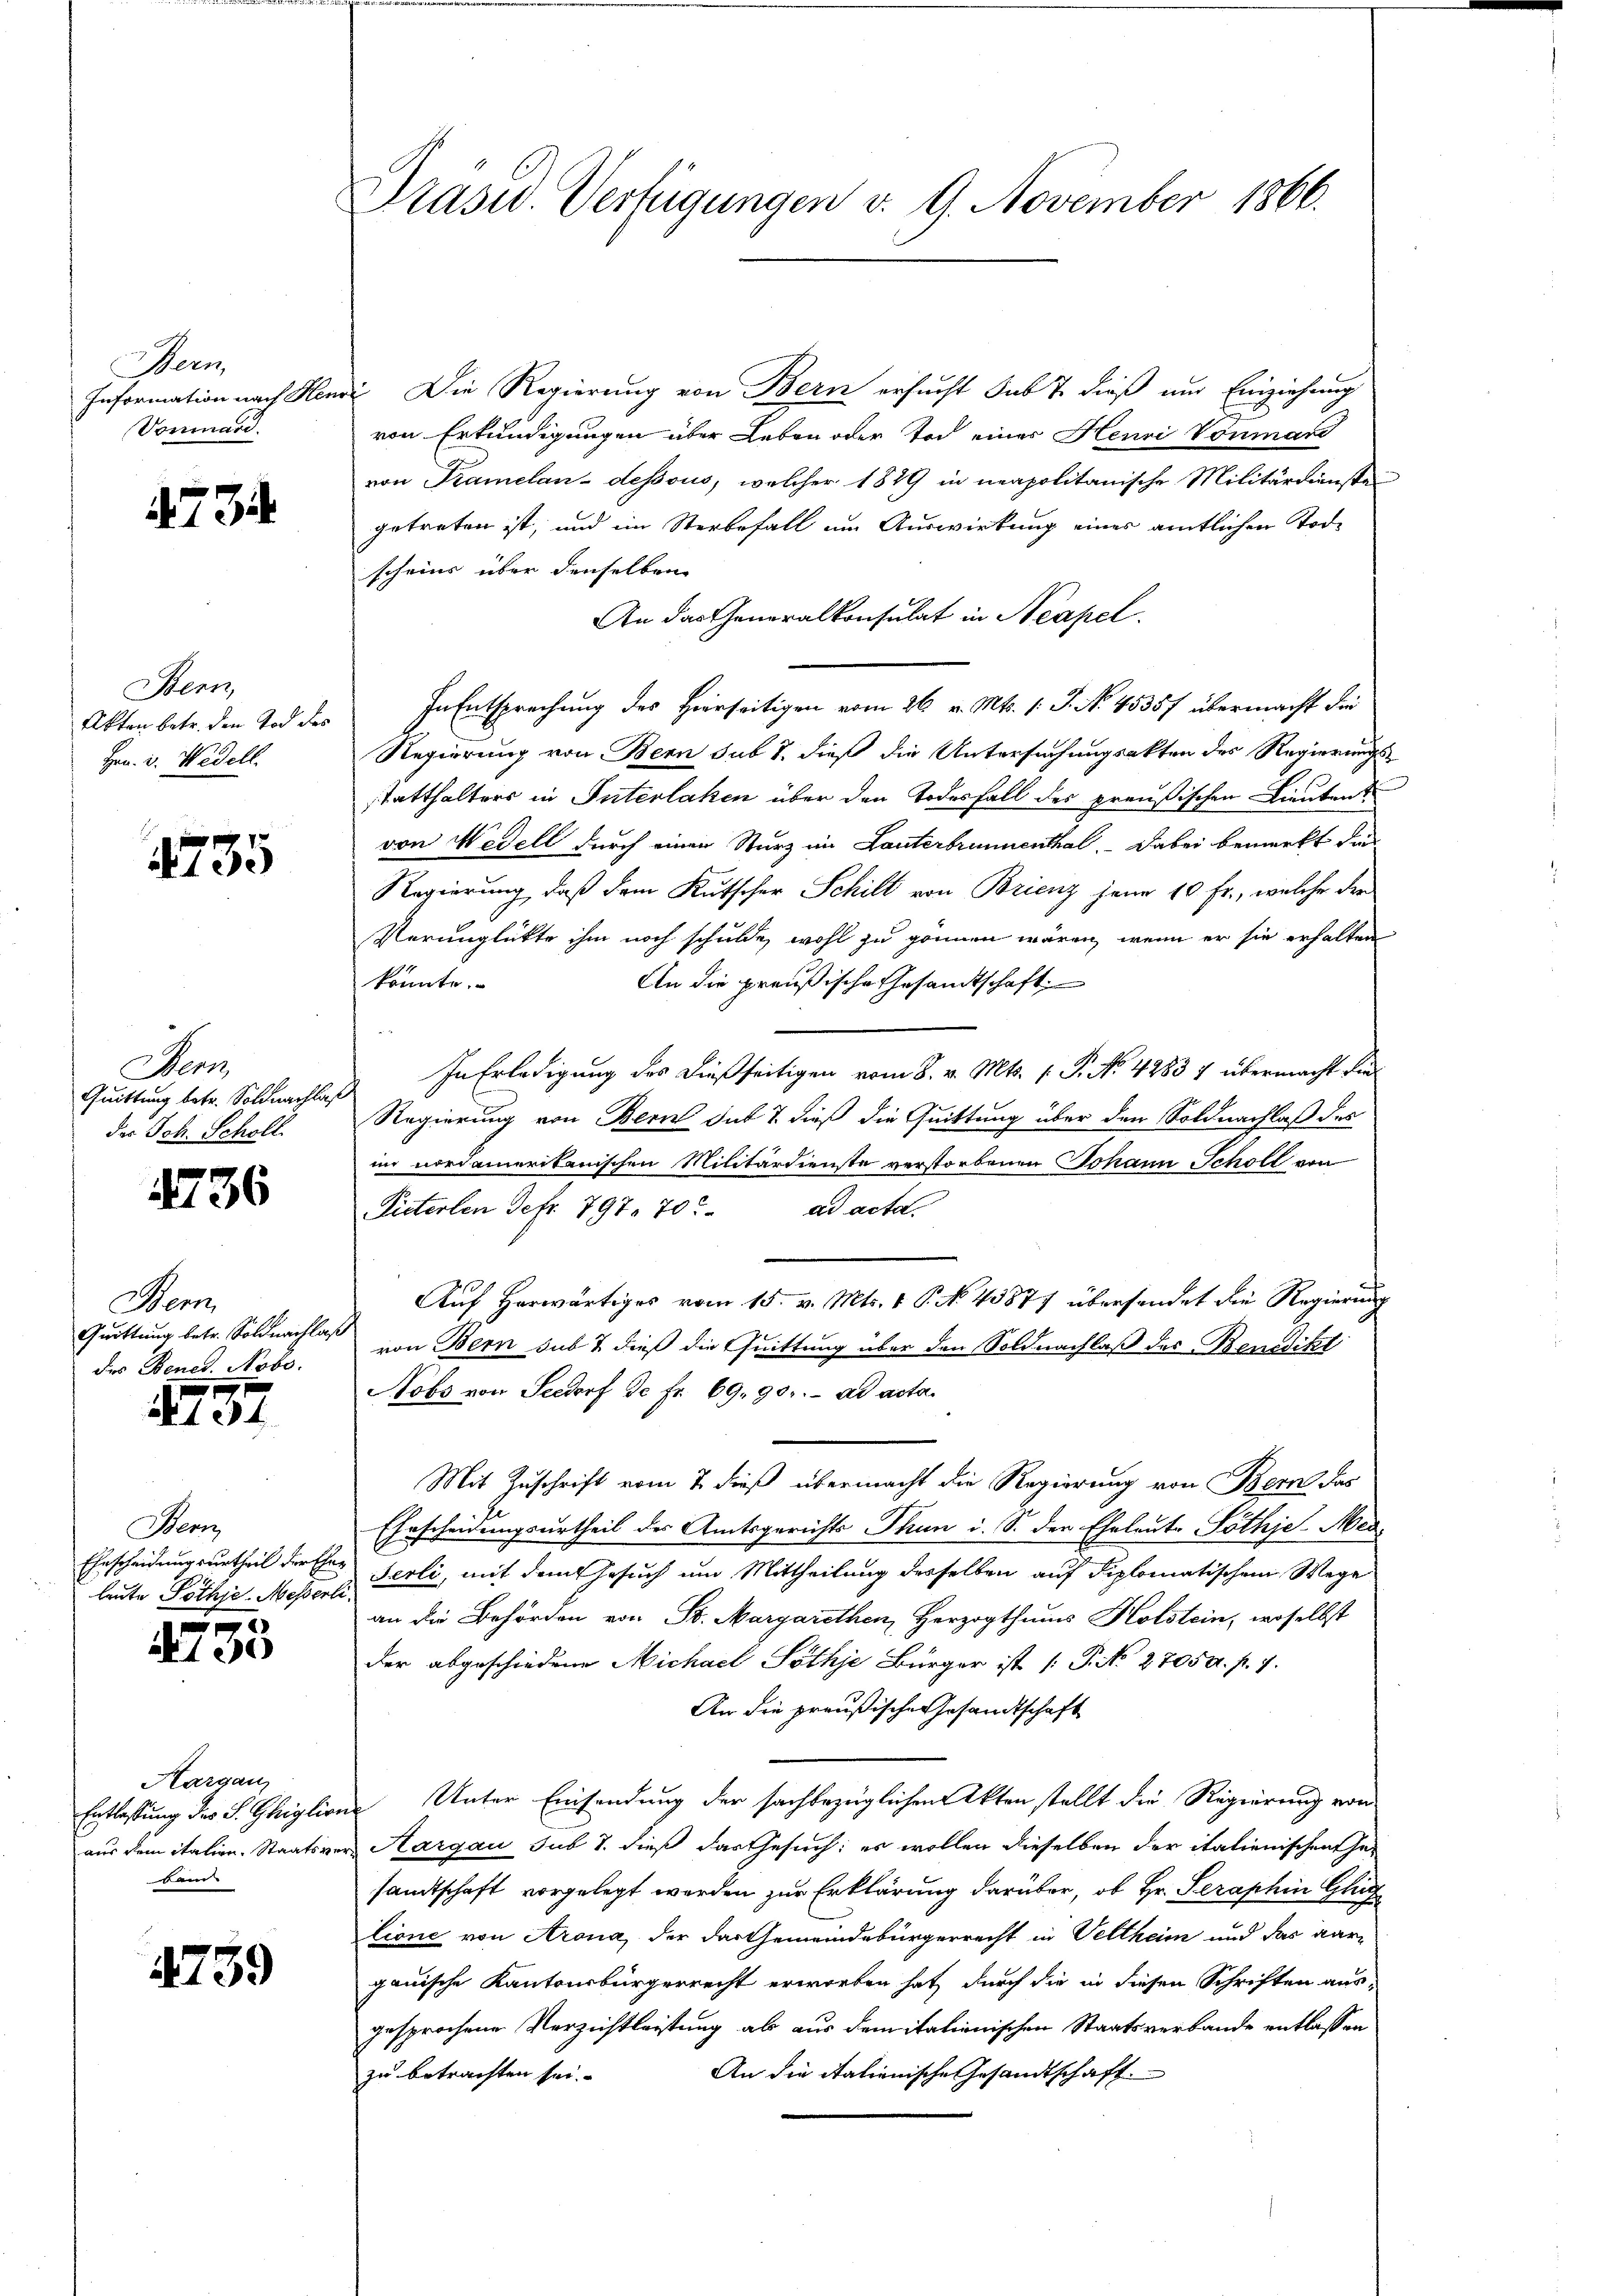
Hern
Information nach Ste
Vommand.

734

Bern,
Akten betr. den Tod des
Hrn. v. Wedell

1735

Sens
Quittung betr. Soldnachla
der Joh. Scholl.

4736

Sem
Quittung betr. Soldnachlag
 des Benet. Nobo.

437

Bern
Ehrscheidungsurtheil der Eheleute Pöthje-Messerte

.
1

Aargau
Entlastung des S. Ghiglio.

4759

Präsid. Verfügungen v. 9. November 1866.

wis. Die Regierung von Bern ersucht sub 7. dieß und Einziehung
d
von Erkundigungen über Leben oder Tod einer Henri Vonmand
von Tramelan-dessous, welcher 1889 in neapolitanische Militärdienst
getreten ist, und im Sterbefall im Auswirkung einer amtlichen Tode
scheins über denselben
An das Generalkonsulat in Neapel
In Entsprechung des Hierseitigen vom 26. v. Mts. 1. J. No. 45357 übermacht die
Regierung von Bern sub 7. dieß die Untersuchungsakten des Regierungsstatthalters in Interlaken über den Todesfall des preußischen Lieutent
von Wedell durch einen Sturz im Lanterbrunnenthal. Dabei bemerkt die
Regierung, daß dem Kutscher Schill von Brienz jene 10 fr., welche der
Verunglükte ihm noch schulde, wohl zu gönnen wären, wenn er sie erhalten
konnte.
An die preußische Gesandtschaft
In Erledigung des dießseitigen vom 8. v. Mts. f. P. No. 4283 7 übermacht die
Regierung von Bern sub 7. dieß die Quittung über den Soldnachlaß des
im nordamerikanischen Militärdienste verstorbenen Johann Scholl von
Püterten Defr. 797. 70. ad acta.
Auf Herwärtiges vom 15. v. Mts. v. P. No. 43877 übersendet die Regierung
¬
von Bern sub & dieß die Quittung über den Soldnachlaß des Benedikt
Nobs von Seedorf de fr. 69. 90. ad acta.
Mit Zuschrift vom 7. dieß übermacht die Regierung von Bern das
1
Ehrscheidungsurtheil des Amtsgerichts Thun i. S. der Eheleute Pöthje. Med
Serli, mit dem Gesuch um Mittheilung desselben auf diplomatischem Wege
an die Behörden von St. Margarethen, Herzogthums Holstein, woselbst
der abgeschiedene Michael Pöthje Bürger ist [P No 2705a. p. 1.
An die preußische Gesandtschaft
in Unter Einsendung der sachbezüglichen Akten stellt die Regierung von
aus dem italien. Staatsvers Aargau sub S. dieß das Gesuch; es wollen dieselben der italienischen Gesandtschaft vorgelegt werden zur Erklärung darüber, ob Hr. Seraphin Gli
lione von Arona, der das Gemeindebürgerrecht in Veltheim und das Aargauische Kantonsbürgerrecht erworben hat, durch die in diesen Schriften aus-
gesprochene Verzichtleistung ab aus dem italienischen Staatsverbande entlassen
An die italienische Gesandtschaft
zu betrachten sei.